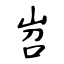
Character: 岧